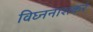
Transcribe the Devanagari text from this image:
विघ्ननाशकरं